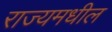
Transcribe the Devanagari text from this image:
राज्यमधील